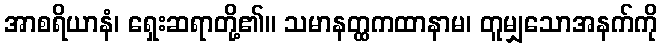
အာစရိယာနံ၊ ရှေးဆရာတို့၏။ သမာနတ္ထကထာနာမ၊ တူမျှသောအနက်ကို